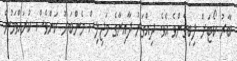
ބާރު ކޯޓަށް ލިބިގެންވެ އެވެ. ދިއްގަރު ދާއިރާގެ މަޖިލިސް މެންބަރު ކަންވެސް ކުރައްވަމުން